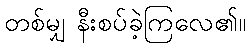
တစ်မျှ နီးစပ်ခဲ့ကြလေ၏။